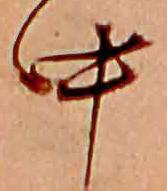
中